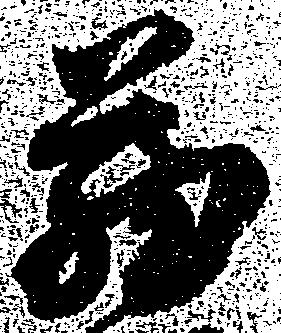
蔵